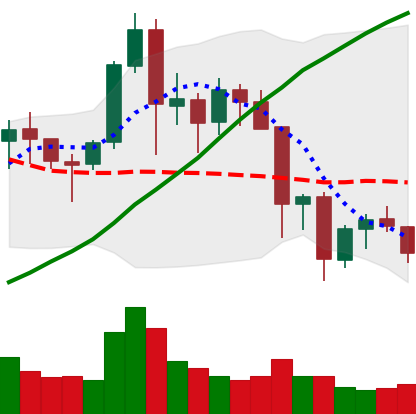
Ticker: NEO-USD
Chart end date: 2021-11-22
Forward return: -6.612%
Label: down_5_7